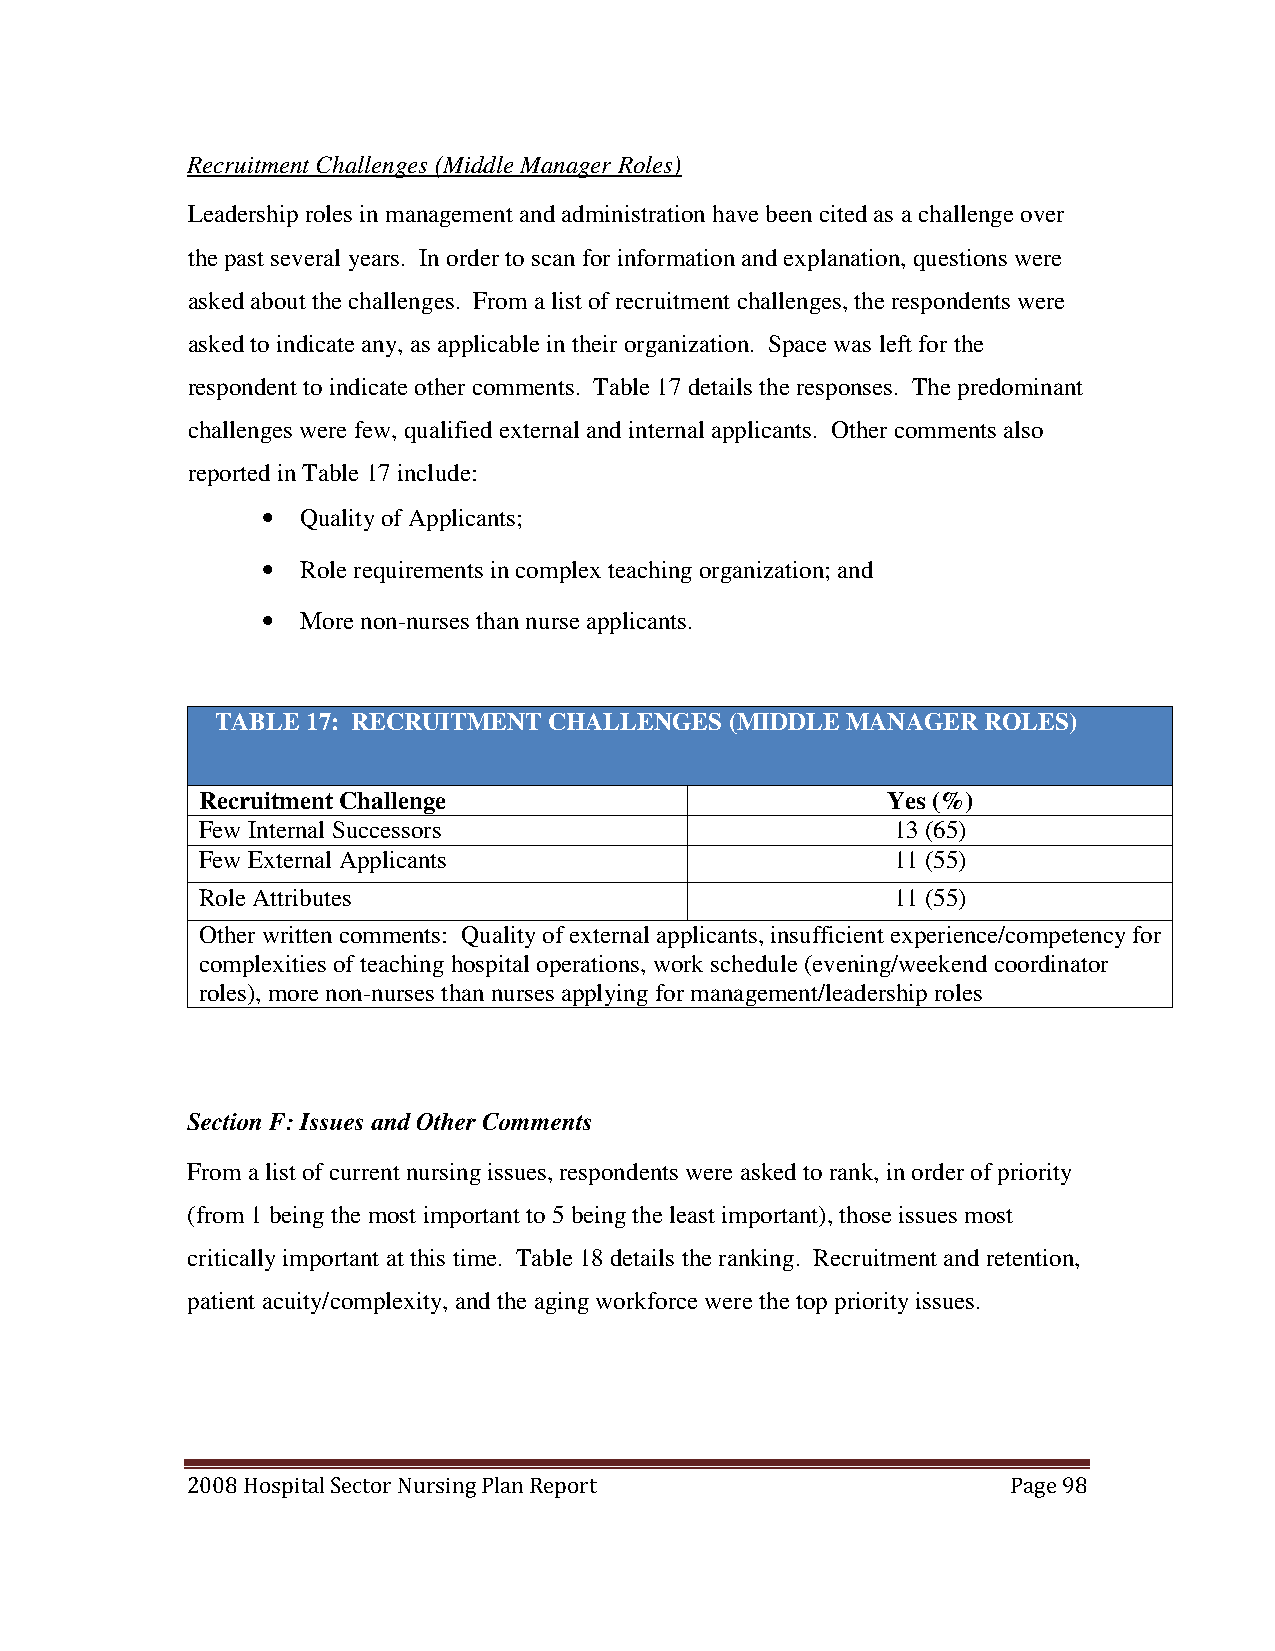
Recruitment Challenges (Middle Manager Roles)
 Leadership roles in management and administration have been cited as a challenge over
 the past several years. In order to scan for information and explanation, questions were
 asked about the challenges. From a list of recruitment challenges, the respondents were
 asked to indicate any, as applicable in their organization. Space was left for the
 respondent to indicate other comments. Table 17 details the responses. The predominant
 challenges were few, qualified external and internal applicants. Other comments also
 reported in Table 17 include:
 •  Quality of Applicants;
 •  Role requirements in complex teaching organization; and
 •  More non-nurses than nurse applicants.
 TABLE 17: RECRUITMENT CHALLENGES  (MIDDLE MANAGER  ROLES)
 Recruitment Challenge                         Yes (%)
 Few Internal Successors                       13 (65)
 Few External Applicants                       11 (55)
 Role Attributes                               11 (55)
 Other written comments: Quality of external applicants, insufficient experience/competency for
 complexities of teaching hospital operations, work schedule (evening/weekend coordinator
 roles), more non-nurses than nurses applying for management/leadership roles
 Section F: Issues and Other Comments
 From a list of current nursing issues, respondents were asked to rank, in order of priority
 (from 1 being the most important to 5 being the least important), those issues most
 critically important at this time. Table 18 details the ranking. Recruitment and retention,
 patient acuity/complexity, and the aging workforce were the top priority issues.
 2008 Hospital Sector Nursing Plan Report               Page 98